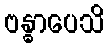
ဗန္ဓာပေသိ